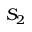
S _ { 2 }